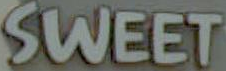
SWEET